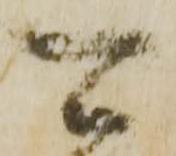
可